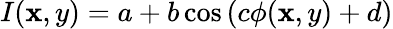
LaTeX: I(\mathbf{x},y)=a+b\cos\left(c\phi(\mathbf{x},y)+d\right)